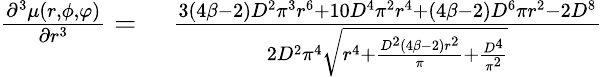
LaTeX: \begin{array}{rl}{\frac{\partial^{3}\mu(r,\phi,\varphi)}{\partial r^{3}}=}&{\; \frac{3(4\beta-2)D^{2}\pi^{3}r^{6}+10D^{4}\pi^{2}r^{4}+(4\beta-2)D^{6}\pi r^{2}-2D^{8}}{2D^{2}\pi^{4}\sqrt{r^{4}+\frac{D^{2}(4\beta-2)r^{2}}{{\pi}}+\frac{D^{4}}{{\pi}^{2}}}}}\end{array}